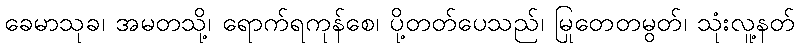
ခေမာသုခ၊ အမတသို့၊ ရောက်ရကုန်စေ၊ ပို့တတ်ပေသည်၊ မြုတေတမွတ်၊ သုံးလူ့နတ်